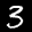
Label: 3